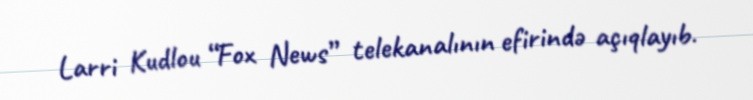
Larri Kudlou “Fox News” telekanalının efirində açıqlayıb.